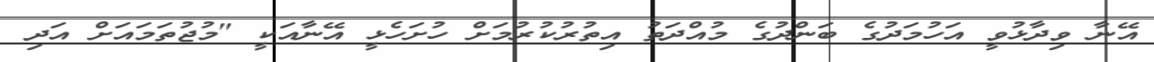
އޭނާ ވިދާޅުވީ އަހުމަދުގެ ބަންދުގެ މުއްދަތު އިތުރުކުރުމަށް ހުށަހެޅީ އޭނާއަކީ "މުޖުތަމައަށް އަދި